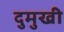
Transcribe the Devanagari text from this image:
दुमुखी